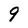
Character: 9